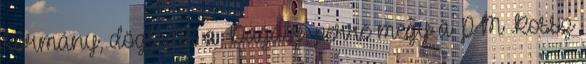
kormány, döglődik a Dagály, perre megy a PM Rossz